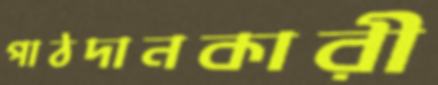
পাঠদানকারী